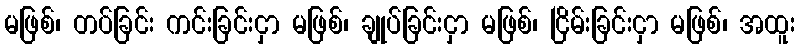
မဖြစ်၊ တပ်ခြင်း ကင်းခြင်းငှာ မဖြစ်၊ ချုပ်ခြင်းငှာ မဖြစ်၊ ငြိမ်းခြင်းငှာ မဖြစ်၊ အထူး